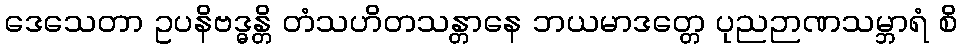
ဒေသေတာ ဥပနိဗဒ္ဓန္တိ တံသဟိတသန္တာနေ ဘယမာဒတ္တေ ပုညဉာဏသမ္ဘာရံ စိ